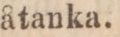
åtanka.